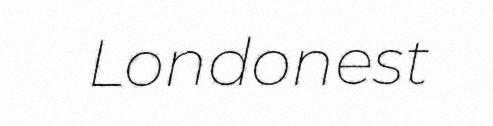
Londonest